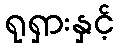
ရုရှားနှင့်